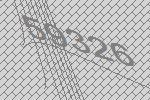
59326